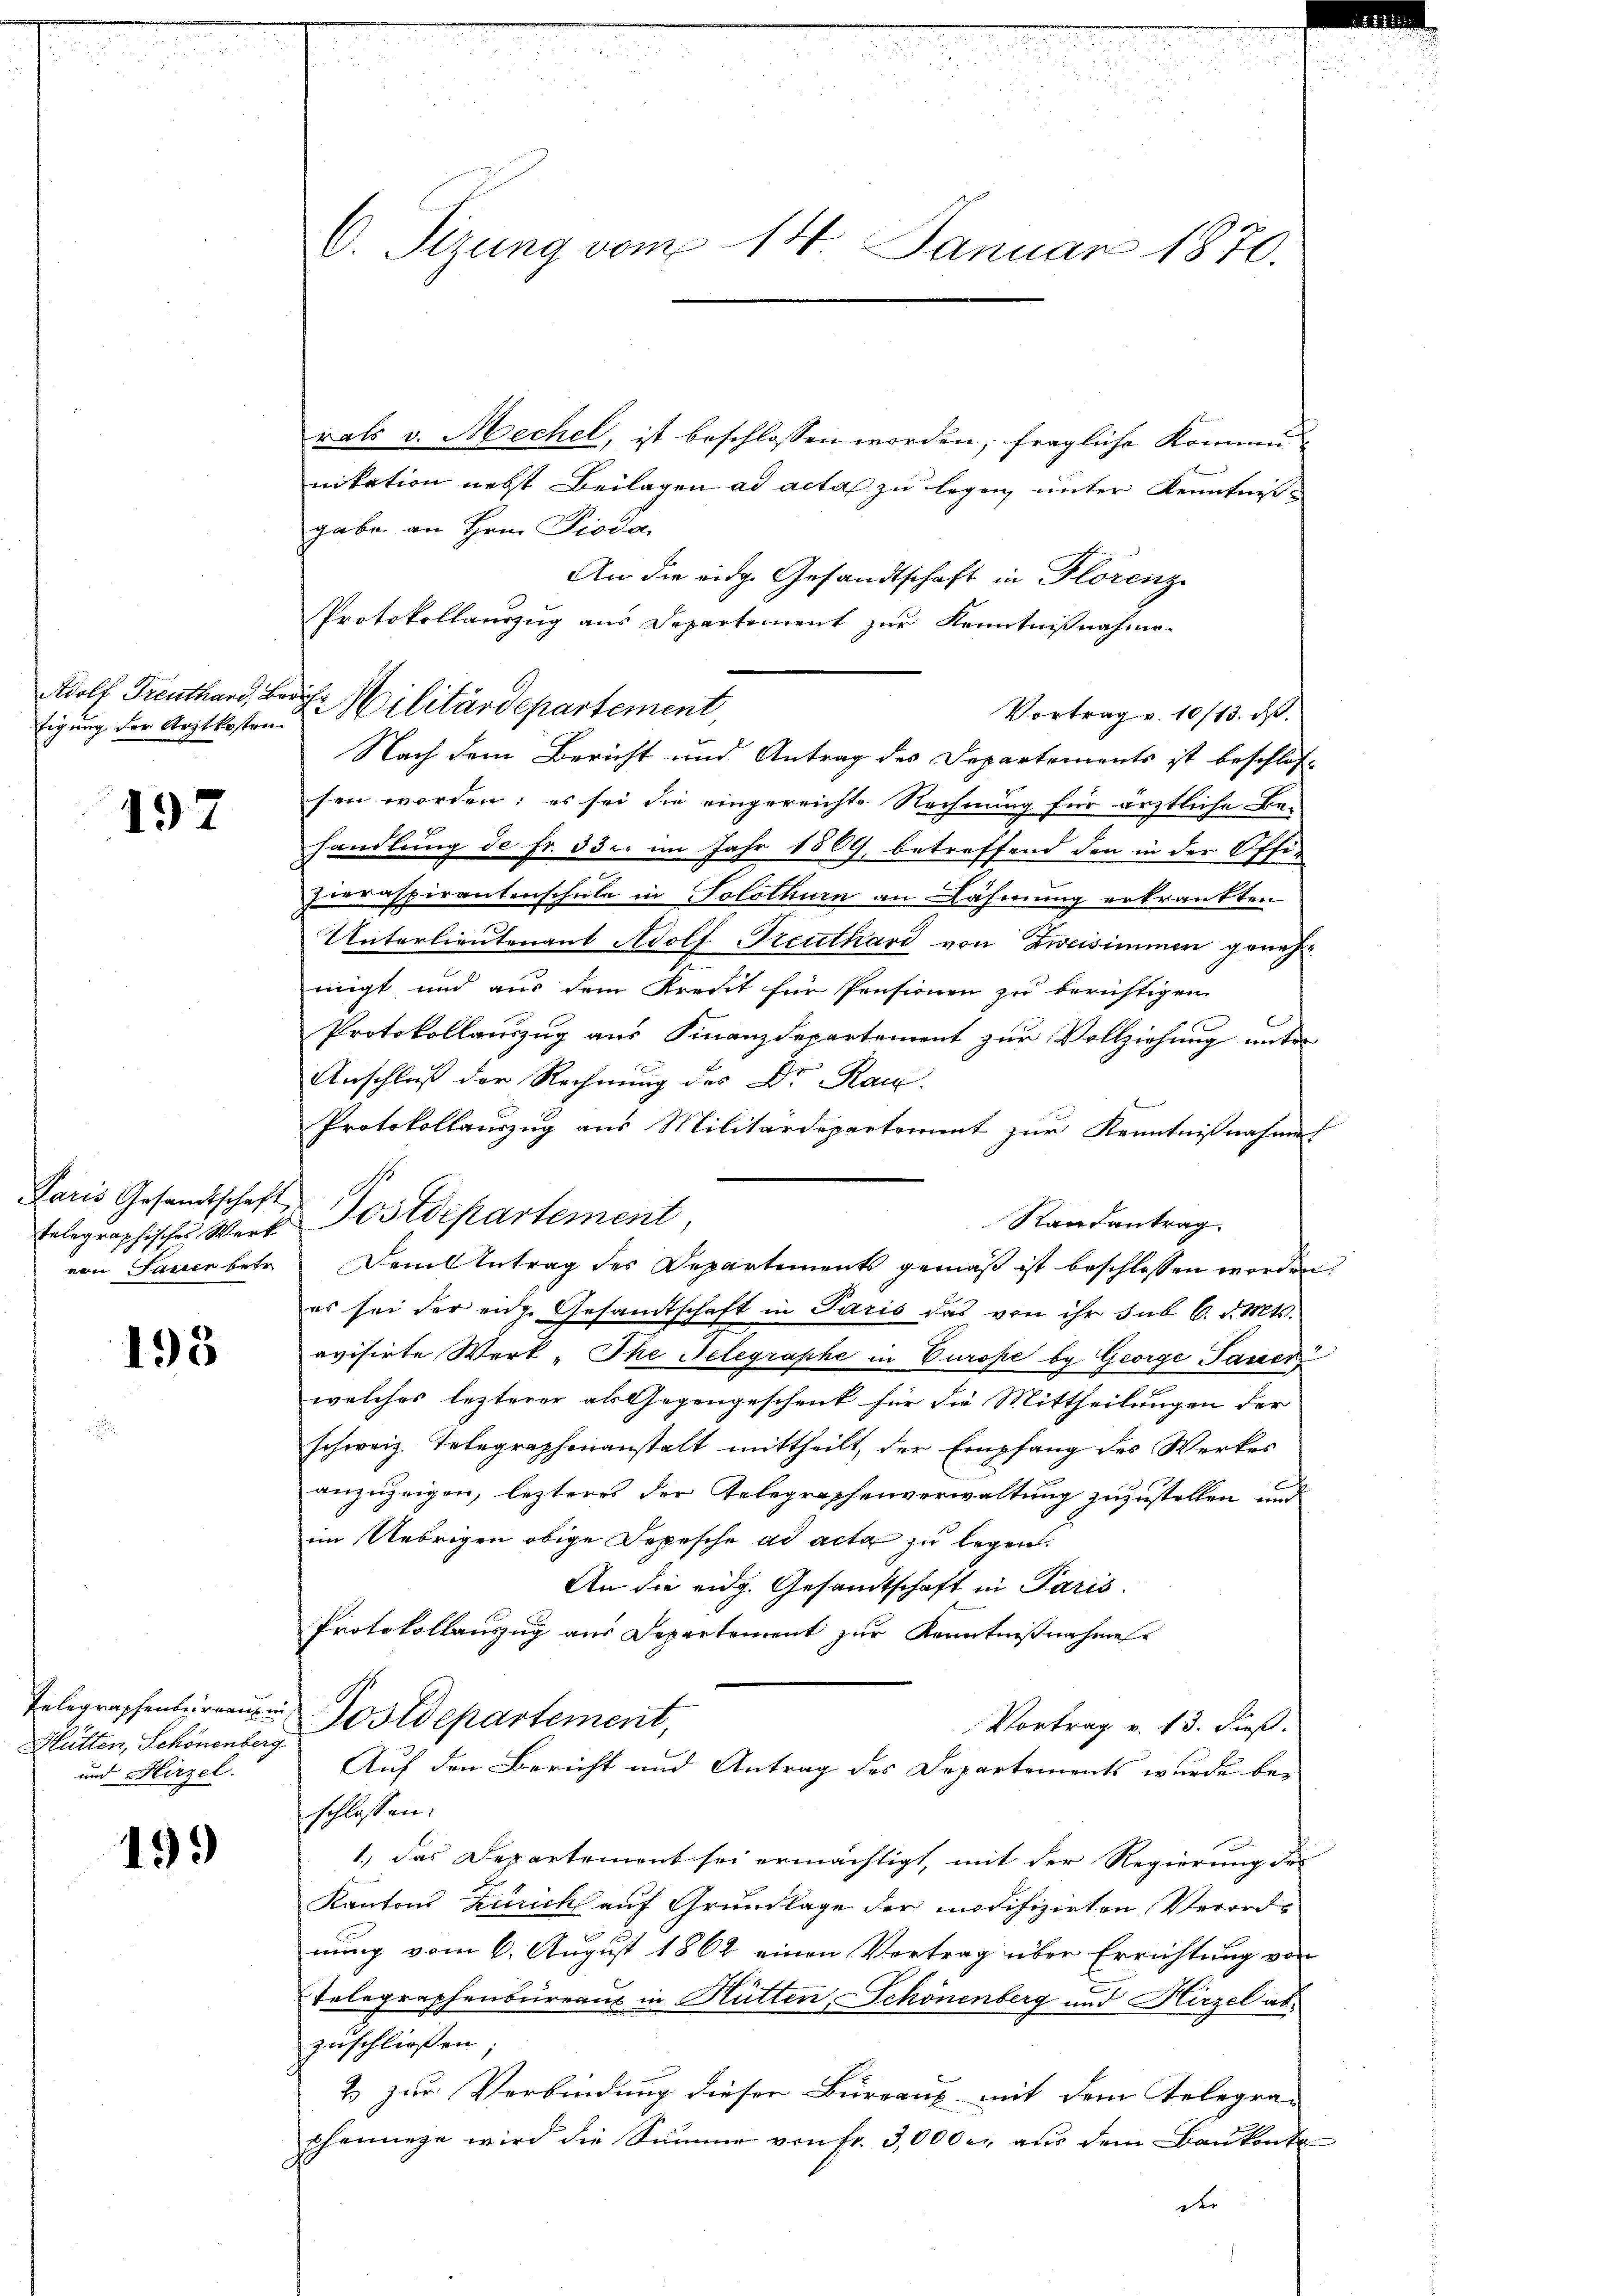
Adolf Freuthard, Ber
tigung der Arztkosten.

197

Paris Gesandtschaft
telegraphisches Werk
von Sauer betr.

193

Telegraphenbureaux en
Hütten, Schönenberg
und Hirzel.

199

C. Sizung vom 14. Januar 1870.

Protokollauszug aus Departement zur Kenntnißnahme
F. Militärdepartement

rats v. Mechel, ist beschlossen worden; fragliche Kommennikation nebst Beilagen ad acta zu legen unter Kenntnißgabe an Hrn. Pioda,
An die eige Gesandtschaft in Florenz
Vortrag v. 10/13. ds.
Nach dem Bericht und Antrag des Departements ist beschlos-
sen worden: es sei die eingereichte Rechnung für ärztliche Be-
handlung de Fr. 33 c. im Jahr 1809, betreffend den in der Offi-
Zieraspirantenschule in Solothurn an Nähmung erkrankten
Unterlieutenant Adolf Treuthard von Zweisimmen genehnigt und aus dem Kredit für Pensionen zu berichtigen
Protokollauszug aus Finanzdepartement zur Vollziehung unter
Anschluß der Rechnung des Dr Rau
Protokollauszug aus Militärdepartement zur Kenntnißnahme
Postdepartement
Rautantrag.
Dem Antrag des Departements gemäß ist beschlossen worden,
es sei der eige Gesandtschaft in Paris das von ihr sub 6. d. Mts.
evisirte Werk Ihe Nelegraphe in Europe by George Taver
welches lezterer als Gegengeschenk für die Mittheilungen der
schweiz. Telegraphenanstalt mittheilt, der Empfang des Werker
anzuzeigen, lezteres der Telegraphenverwaltung zuzustellen und
im Uebrigen obige Depesche ad acta zu legen.
An die eidg. Gesandtschaft in Paris.
Protokollauszug aus Departement zur Kenntnißnahme
Postdepartement,
Vortrag v. 13. dieß.
Auf den Bericht und Antrag des Departements wurde be-
schlossen:
1., das Departement sei ermächtigt, mit der Regierung der
Kantons Zürich auf Grundlage der modifizirten Verordnung vom 6. August 1862 einen Vertrag über Errichtung von
Telegraphenbureaus in Hütten, Schönenberg und Hirzel abzuschließen
2 zur Verbindung dieser Bureaux mit dem Telegra-
scheinige wird die Summe von Fr. 30000. aus dem Baukont
der